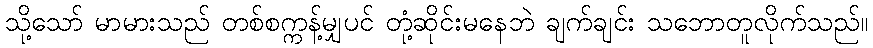
သို့သော် မာမားသည် တစ်စက္ကန့်မျှပင် တုံ့ဆိုင်းမနေဘဲ ချက်ချင်း သဘောတူလိုက်သည်။